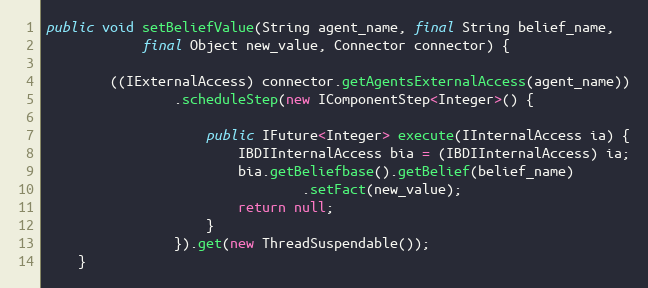
Language: Java
public void setBeliefValue(String agent_name, final String belief_name,
            final Object new_value, Connector connector) {

        ((IExternalAccess) connector.getAgentsExternalAccess(agent_name))
                .scheduleStep(new IComponentStep<Integer>() {

                    public IFuture<Integer> execute(IInternalAccess ia) {
                        IBDIInternalAccess bia = (IBDIInternalAccess) ia;
                        bia.getBeliefbase().getBelief(belief_name)
                                .setFact(new_value);
                        return null;
                    }
                }).get(new ThreadSuspendable());
    }